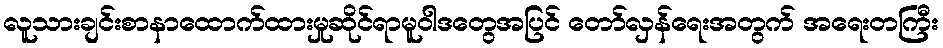
လူသားချင်းစာနာထောက်ထားမှုဆိုင်ရာမူဝါဒတွေအပြင် တော်လှန်ရေးအတွက် အရေးတကြီး